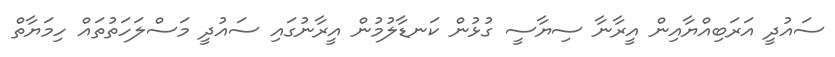
ސައުދީ އަރަބިއްޔާއިން އީރާނާ ސިޔާސީ ގުޅުން ކަނޑާލުމުން އީރާނުގައި ސައުދީ މަސްލަހަތުތައް ހިމަޔާތް